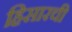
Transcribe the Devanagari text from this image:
हिसारची